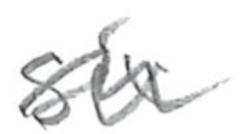
Text: six
Cross-out: wave
Writing tool: pencil